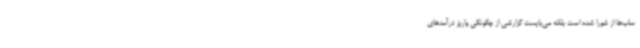
ساب‌ها از شورا شده است بلکه می‌بایست گزارشی از چگونگی واریز درآمدهای